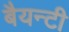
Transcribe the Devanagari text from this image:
बैयन्टी